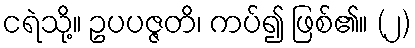
ငရဲသို့။ ဥပပဇ္ဇတိ၊ ကပ်၍ ဖြစ်၏။ (၂)